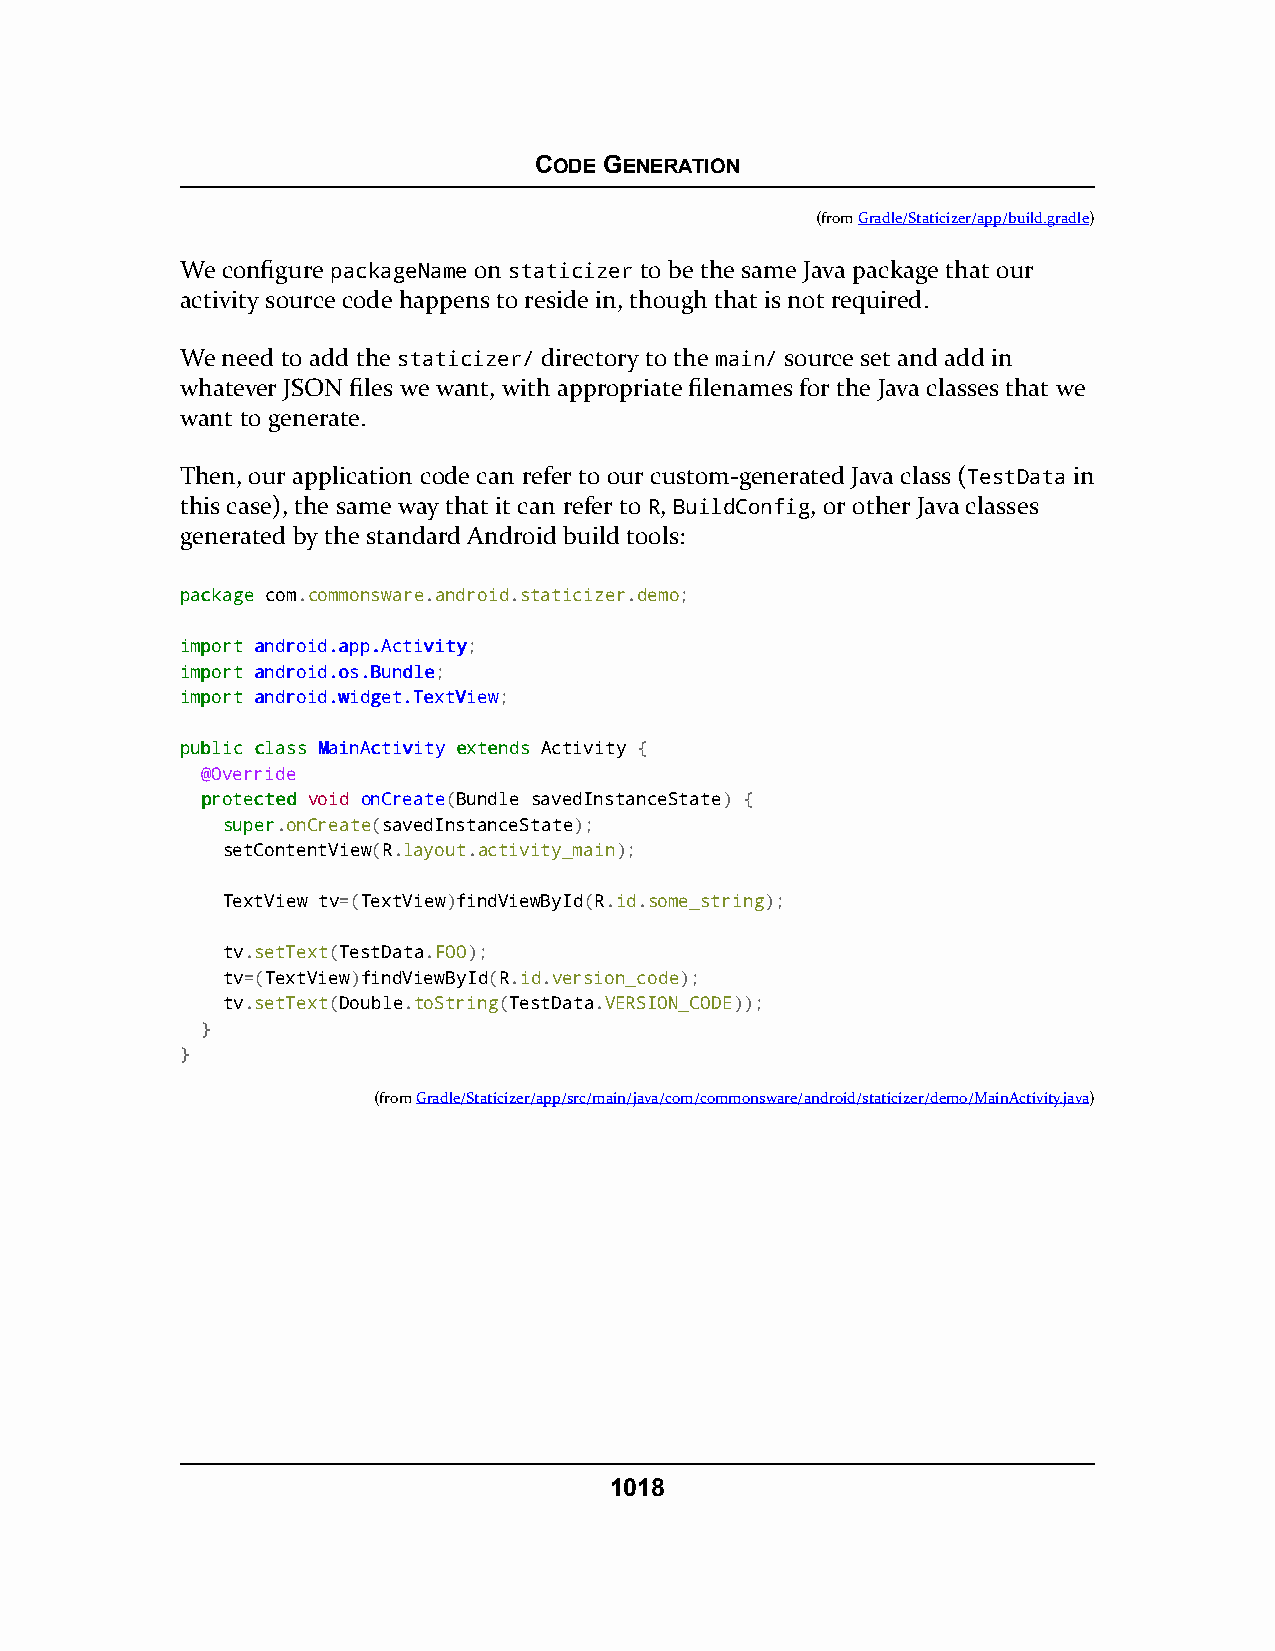
CODE GENERATION
 (fromGradle/Staticizer/app/build.gradle)
 We configure packageName on staticizer to be the same Java package that our
 activity source code happens to reside in, though that is not required.
 We need to add the staticizer/ directory to the main/ source set and add in
 whatever JSON files we want, with appropriate filenames for the Java classes that we
 want to generate.
 Then, our application code can refer to our custom-generated Java class (TestData in
 this case), the same way that it can refer to R, BuildConfig, or other Java classes
 generated by the standard Android build tools:
 ppaacckkaaggee com.commonsware.android.staticizer.demo;
 iimmppoorrtt aannddrrooiidd..aapppp..AAccttiivviittyy;
 iimmppoorrtt aannddrrooiidd..ooss..BBuunnddllee;
 iimmppoorrtt aannddrrooiidd..wwiiddggeett..TTeexxttVViieeww;
 ppuubblliicc ccllaassss MMaaiinnAAccttiivviittyy eexxtteennddss Activity {
 @Override
 pprrootteecctteedd void onCreate(Bundle savedInstanceState) {
 ssuuppeerr.onCreate(savedInstanceState);
 setContentView(R.layout.activity_main);
 TextView tv=(TextView)findViewById(R.id.some_string);
 tv.setText(TestData.FOO);
 tv=(TextView)findViewById(R.id.version_code);
 tv.setText(Double.toString(TestData.VERSION_CODE));
 }
 }
 (fromGradle/Staticizer/app/src/main/java/com/commonsware/android/staticizer/demo/MainActivity.java)
 1018